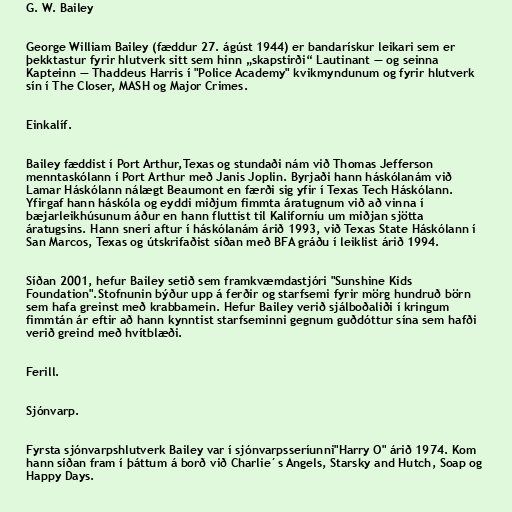
G. W. Bailey

George William Bailey (fæddur 27. ágúst 1944) er bandarískur leikari sem er
þekktastur fyrir hlutverk sitt sem hinn „skapstirði“ Lautinant — og seinna
Kapteinn — Thaddeus Harris í "Police Academy" kvikmyndunum og fyrir hlutverk
sín í The Closer, MASH og Major Crimes.

Einkalíf.

Bailey fæddist í Port Arthur,Texas og stundaði nám við Thomas Jefferson
menntaskólann í Port Arthur með Janis Joplin. Byrjaði hann háskólanám við
Lamar Háskólann nálægt Beaumont en færði sig yfir í Texas Tech Háskólann.
Yfirgaf hann háskóla og eyddi miðjum fimmta áratugnum við að vinna í
bæjarleikhúsunum áður en hann fluttist til Kaliforníu um miðjan sjötta
áratugsins. Hann sneri aftur í háskólanám árið 1993, við Texas State Háskólann í
San Marcos, Texas og útskrifaðist síðan með BFA gráðu í leiklist árið 1994.

Síðan 2001, hefur Bailey setið sem framkvæmdastjóri "Sunshine Kids
Foundation".Stofnunin býður upp á ferðir og starfsemi fyrir mörg hundruð börn
sem hafa greinst með krabbamein. Hefur Bailey verið sjálboðaliði í kringum
fimmtán ár eftir að hann kynntist starfseminni gegnum guðdóttur sína sem hafði
verið greind með hvítblæði.

Ferill.

Sjónvarp.

Fyrsta sjónvarpshlutverk Bailey var í sjónvarpsseríunni"Harry O" árið 1974. Kom
hann síðan fram í þáttum á borð við Charlie´s Angels, Starsky and Hutch, Soap og
Happy Days.